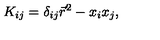
K _ { i j } = \delta _ { i j } \vec { r } ^ { 2 } - x _ { i } x _ { j } ,